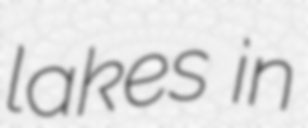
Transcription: lakes in